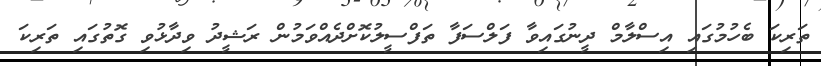
ތަރިކަ ބެހުމުގައި އިސްލާމް ދީނުގައިވާ ފަލްސަފާ ތަފްސީލުކޮށްދެއްވަމުން ރަޝީދު ވިދާޅުވި ގޮތުގައި ތަރިކަ